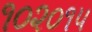
૧૦૨૦૧૫